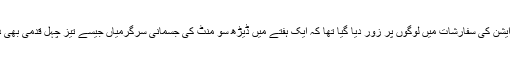
اس سے قبل امریکن ہارٹ ایسوسی ایشن کی سفارشات میں لوگوں پر زور دیا گیا تھا کہ ایک ہفتے میں ڈیڑھ سو منٹ کی جسمانی سرگرمیاں جیسے تیز چہل قدمی بھی دل کی صحت میں بہتری لاتی ہے۔